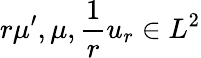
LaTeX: r\mu^{\prime},\mu,\frac{1}{r}u_{r}\in L^{2}